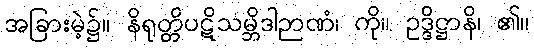
အခြားမဲ့၌။ နိရုတ္တိပဋိသမ္ဘိဒါဉာဏံ၊ ကို။ ဥဒ္ဒိဋ္ဌာနိ၊ ၏။